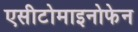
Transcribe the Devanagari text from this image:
एसीटोमाइनोफेन